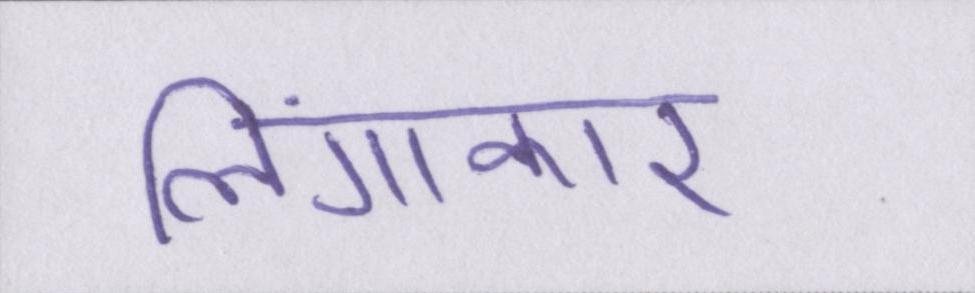
लिंगाकार